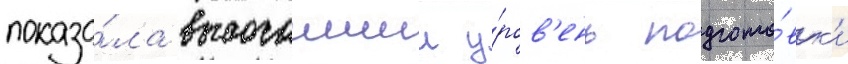
показа́ла высочаишии у́ров'ень подгото́вк'и